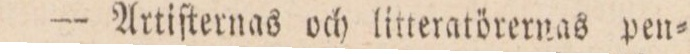
— Artiſternas och litteratörernas pen=